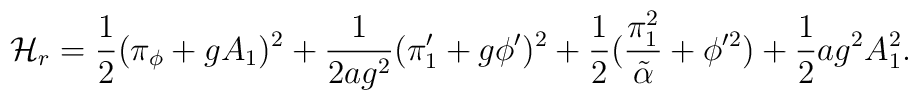
{\cal H}_r = {1\over 2}(\pi_\phi + gA_1)^2 + {1\over {2ag^2}}(\pi'_1 + g\phi')^2 + {1\over 2}({\pi_1^2\over {\tilde\alpha}} + \phi'^2) + {1\over 2}ag^2A_1^2.